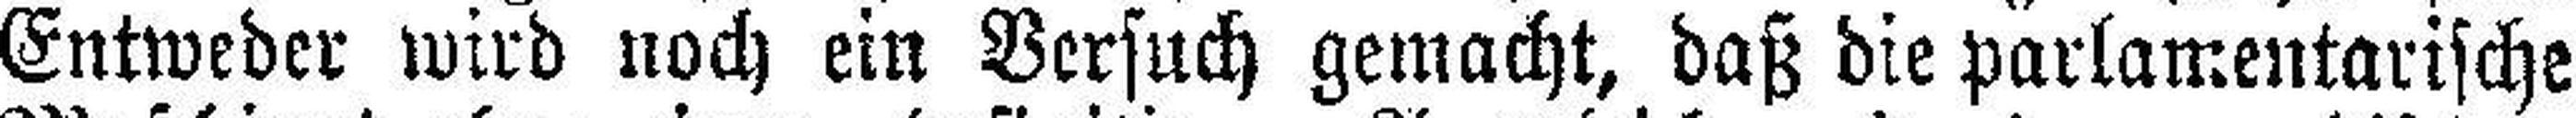
Entweder wird noch ein Versuch gemacht, daß die parlamentarische